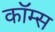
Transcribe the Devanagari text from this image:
कॉम्स